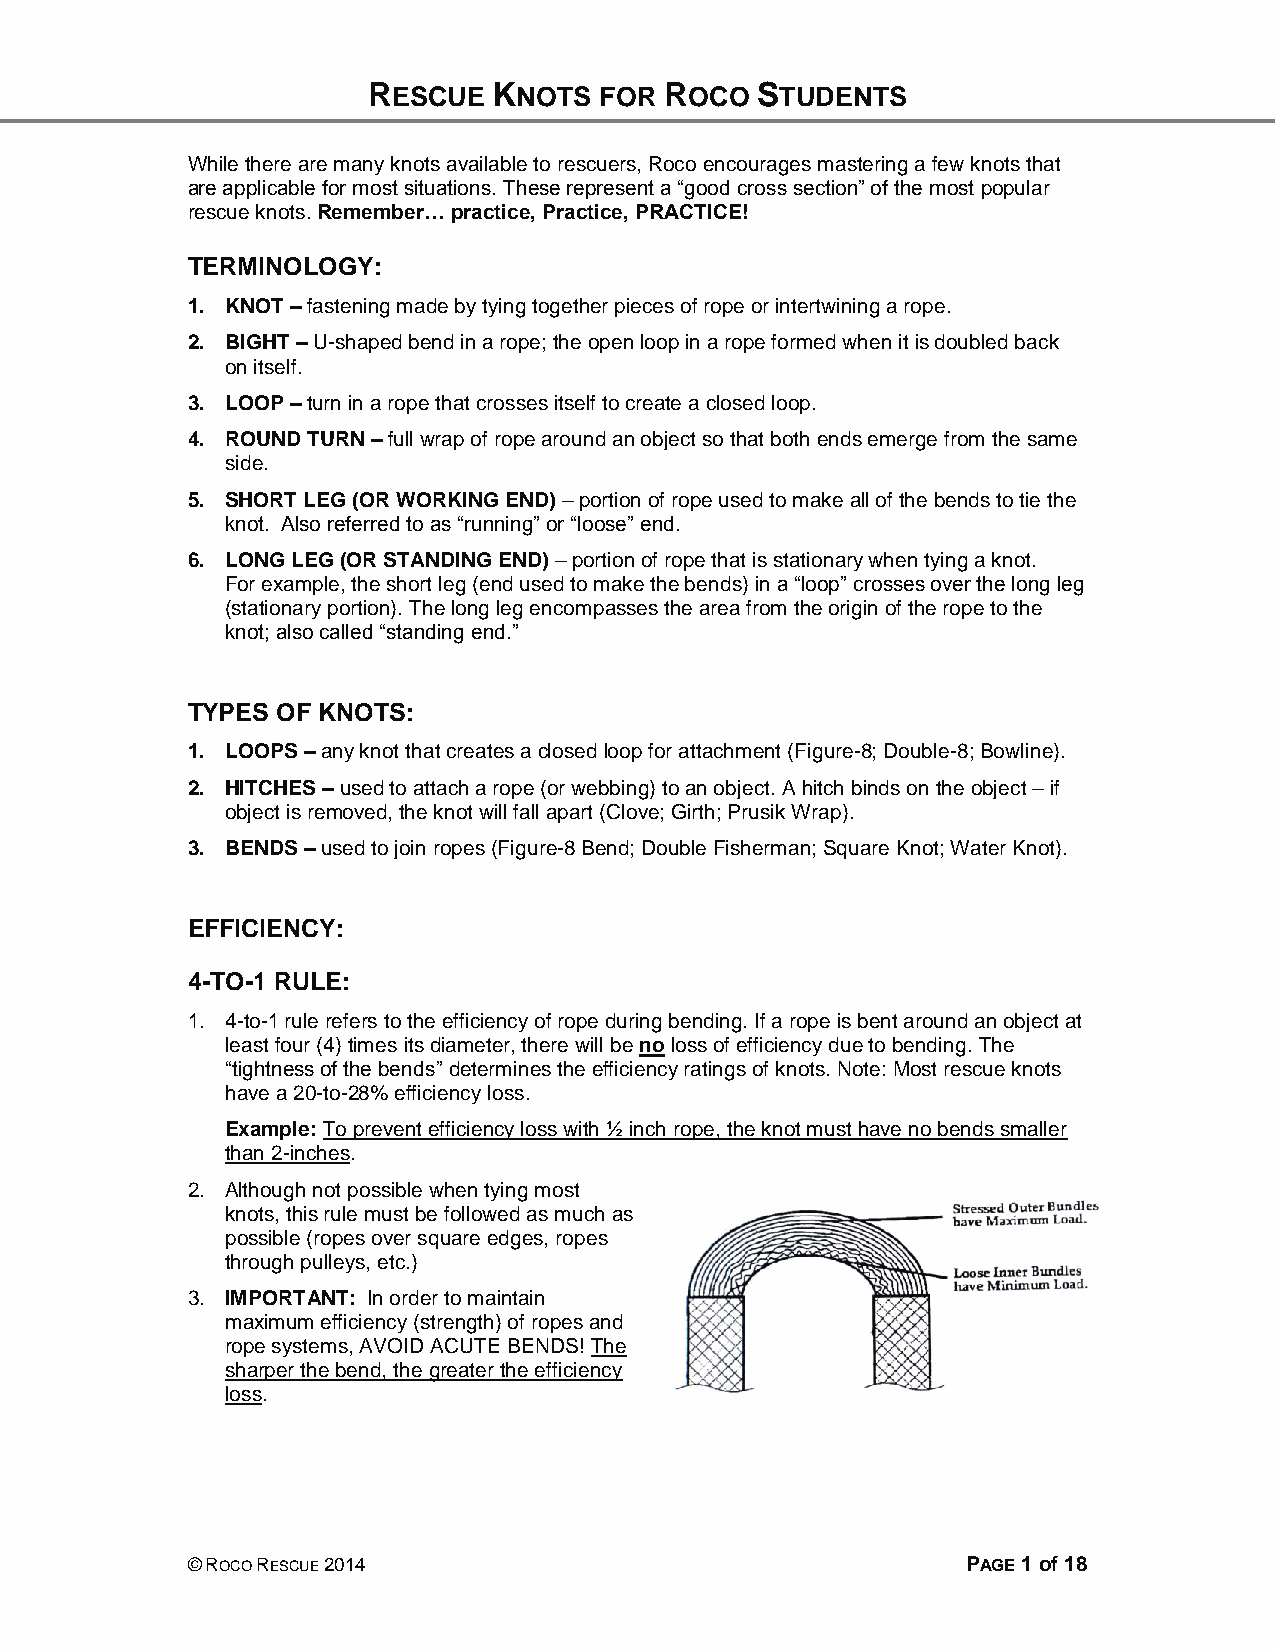
RESCUE   KNOTS  FOR ROCO  STUDENTS
 While there are many knots available to rescuers, Roco encourages mastering a few knots that
 are applicable for most situations. These represent a “good cross section” of the most popular
 rescue knots. Remember… practice, Practice, PRACTICE!
 TERMINOLOGY:
 1. KNOT – fastening made by tying together pieces of rope or intertwining a rope.
 2. BIGHT – U-shaped bend in a rope; the open loop in a rope formed when it is doubled back
 on itself.
 3. LOOP – turn in a rope that crosses itself to create a closed loop.
 4. ROUND TURN – full wrap of rope around an object so that both ends emerge from the same
 side.
 5. SHORT LEG (OR WORKING END) – portion of rope used to make all of the bends to tie the
 knot. Also referred to as “running” or “loose” end.
 6. LONG LEG (OR STANDING END) – portion of rope that is stationary when tying a knot.
 For example, the short leg (end used to make the bends) in a “loop” crosses over the long leg
 (stationary portion). The long leg encompasses the area from the origin of the rope to the
 knot; also called “standing end.”
 TYPES OF KNOTS:
 1. LOOPS – any knot that creates a closed loop for attachment (Figure-8; Double-8; Bowline).
 2. HITCHES – used to attach a rope (or webbing) to an object. A hitch binds on the object – if
 object is removed, the knot will fall apart (Clove; Girth; Prusik Wrap).
 3. BENDS – used to join ropes (Figure-8 Bend; Double Fisherman; Square Knot; Water Knot).
 EFFICIENCY:
 4-TO-1 RULE:
 1. 4-to-1 rule refers to the efficiency of rope during bending. If a rope is bent around an object at
 least four (4) times its diameter, there will be no loss of efficiency due to bending. The
 “tightness of the bends” determines the efficiency ratings of knots. Note: Most rescue knots
 have a 20-to-28% efficiency loss.
 Example: To prevent efficiency loss with ½ inch rope, the knot must have no bends smaller
 than 2-inches.
 2. Although not possible when tying most
 knots, this rule must be followed as much as
 possible (ropes over square edges, ropes
 through pulleys, etc.)
 3. IMPORTANT: In order to maintain
 maximum efficiency (strength) of ropes and
 rope systems, AVOID ACUTE BENDS! The
 sharper the bend, the greater the efficiency
 loss.
 © ROCO RESCUE 2014                                  PAGE 1 of 18